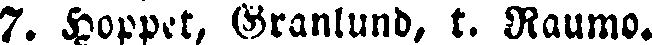
7. Hoppet, Granlund, t. Raumo.